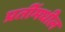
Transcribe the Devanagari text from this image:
प्रतींमधील